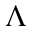
\Lambda